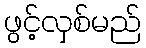
ဖွင့်လှစ်မည်